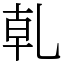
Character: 乹